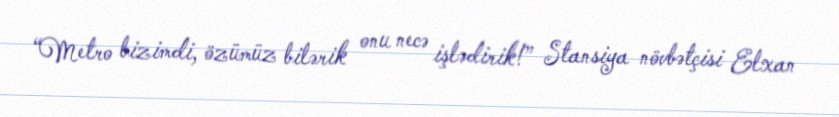
“Metro bizimdi, özümüz bilərik onu necə işlədirik!” Stansiya növbətçisi Elxan